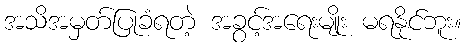
အသိအမှတ်ပြုခံရတဲ့ အခွင့်အရေးမျိုး မရနိုင်ဘူး။